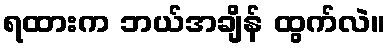
ရထားက ဘယ်အချိန် ထွက်လဲ။